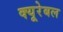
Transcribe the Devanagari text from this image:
क्यूरेबल